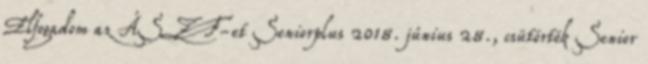
Elfogadom az ÁSZF-et Seniorplus 2018. június 28., csütörtök Senior